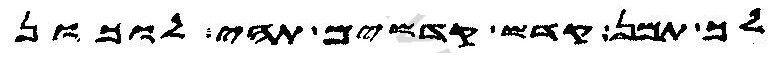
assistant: לך תמן קדש קדשים תהי לוכון